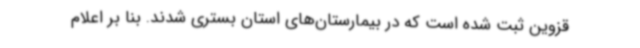
قزوین ثبت شده است که در بیمارستان‌های استان بستری شدند. بنا بر اعلام